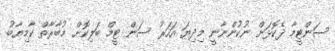
ސަންޓީމާ ދެކޮޅަށް ނުކުންނާނީ މިދިޔަ އަހަރު ސަން ޓީމް ބަލިކޮށް މުބާރާތް ކާމިޔާބު